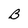
Character: B